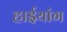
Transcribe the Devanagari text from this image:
हाईयांग